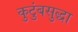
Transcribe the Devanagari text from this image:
कुटुंबसुद्धा